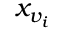
x _ { v _ { i } }